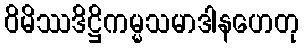
ဝိမိဿဒိဋ္ဌိကမ္မသမာဒါနဟေတု